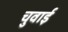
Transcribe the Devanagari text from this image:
चुवाई